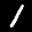
Label: 1